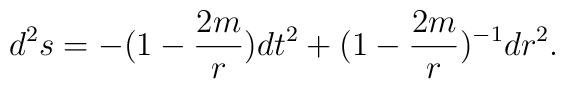
d^{2}s=-(1-\frac{2m}{r})dt^2+(1-\frac{2m}{r})^{-1}dr^2.